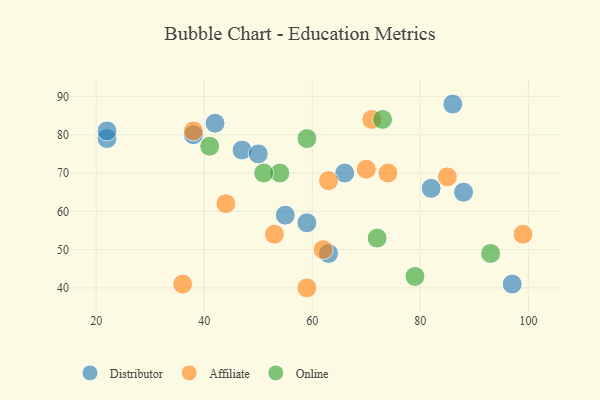
{"axis": {"x": "GDP", "y": "Life Expectancy"}, "legend": ["Affiliate", "Distributor", "Online"], "data": [{"x": "97", "y": 41, "type": "Distributor"}, {"x": "55", "y": 59, "type": "Distributor"}, {"x": "47", "y": 76, "type": "Distributor"}, {"x": "22", "y": 79, "type": "Distributor"}, {"x": "86", "y": 88, "type": "Distributor"}, {"x": "63", "y": 49, "type": "Distributor"}, {"x": "50", "y": 75, "type": "Distributor"}, {"x": "66", "y": 70, "type": "Distributor"}, {"x": "38", "y": 80, "type": "Distributor"}, {"x": "88", "y": 65, "type": "Distributor"}, {"x": "82", "y": 66, "type": "Distributor"}, {"x": "59", "y": 57, "type": "Distributor"}, {"x": "42", "y": 83, "type": "Distributor"}, {"x": "22", "y": 81, "type": "Distributor"}, {"x": "36", "y": 41, "type": "Affiliate"}, {"x": "62", "y": 50, "type": "Affiliate"}, {"x": "74", "y": 70, "type": "Affiliate"}, {"x": "63", "y": 68, "type": "Affiliate"}, {"x": "85", "y": 69, "type": "Affiliate"}, {"x": "53", "y": 54, "type": "Affiliate"}, {"x": "99", "y": 54, "type": "Affiliate"}, {"x": "38", "y": 81, "type": "Affiliate"}, {"x": "59", "y": 40, "type": "Affiliate"}, {"x": "44", "y": 62, "type": "Affiliate"}, {"x": "71", "y": 84, "type": "Affiliate"}, {"x": "70", "y": 71, "type": "Affiliate"}, {"x": "54", "y": 70, "type": "Online"}, {"x": "79", "y": 43, "type": "Online"}, {"x": "93", "y": 49, "type": "Online"}, {"x": "72", "y": 53, "type": "Online"}, {"x": "41", "y": 77, "type": "Online"}, {"x": "51", "y": 70, "type": "Online"}, {"x": "59", "y": 79, "type": "Online"}, {"x": "73", "y": 84, "type": "Online"}]}